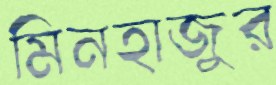
মিনহাজুর